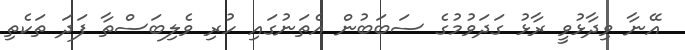
އޭނާ ވިދާޅުވީ ރާޅު ގަދަވުމުގެ ސަބަބުން އެތަނުގައި ހުރި ވެލިބަސްތާ ފަދަ ތަކެތި